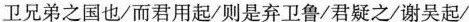
卫兄弟之国也/而君用起/则是弃卫鲁/君疑之/谢吴起